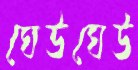
ঘেউঘেউ